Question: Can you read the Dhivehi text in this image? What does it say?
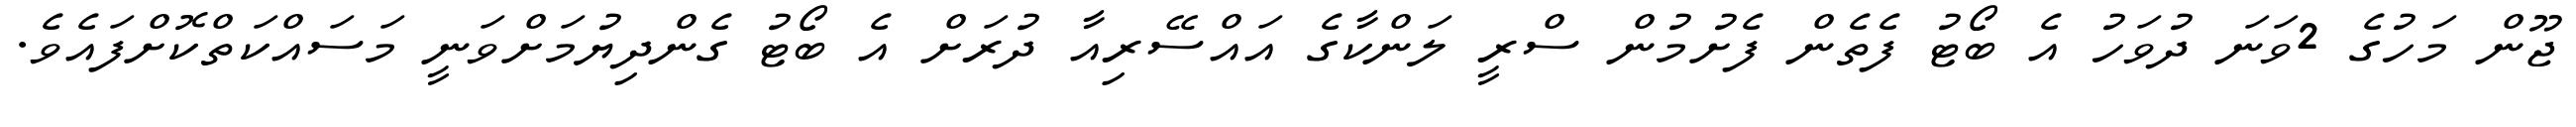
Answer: ޖޫން މަހުގެ 2ވަނަ ދުވަހު އެ ބޯޓު ފެތެން ފެށުމުން ސްރީ ލަންކާގެ އައްސޭރިއާ ދުރަށް އެ ބޯޓު ގެންދިޔުމަށްވަނީ މަސައްކަތްކޮށްފައެވެ.